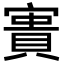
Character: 𡪲